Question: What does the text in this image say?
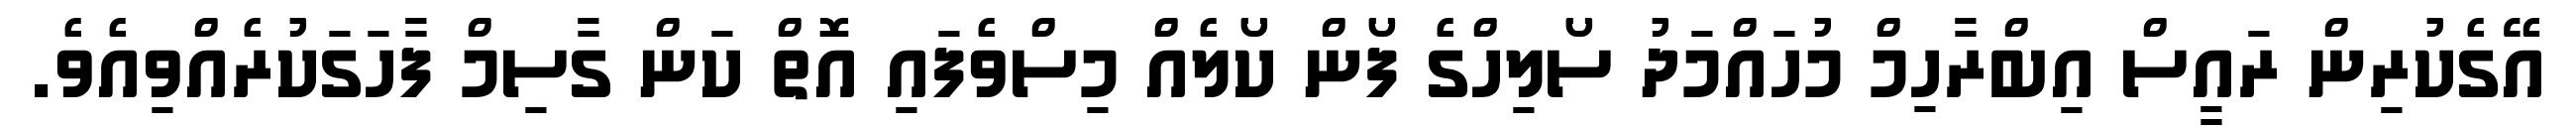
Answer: އޭގެކުރިން ރައީސް އިބްރާހިމް މުހައްމަދު ސޯލިހްގެ ފޯން ކޯލެއް މިސްވެފައި އޮތް ކަން ގާސިމް ފާހަގަކުރެއްވިއެވެ.